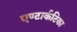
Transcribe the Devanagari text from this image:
एण्टार्कटिका